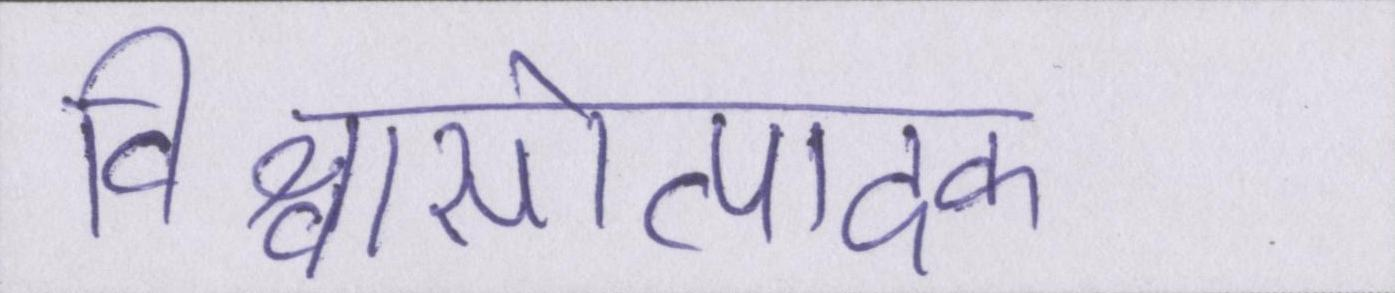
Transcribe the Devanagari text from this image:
विश्वासोत्पादक